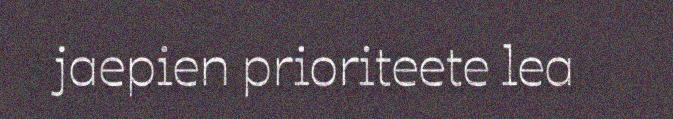
jaepien prioriteete lea